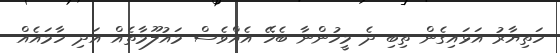
ހަތިޔާރު އަޅައިގެން ތިބި ދެ މީހުންނާ ބެހޭ އެއްވެސް މައުލޫމާތެއް އަދި ހާމައެއް